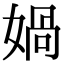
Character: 媧